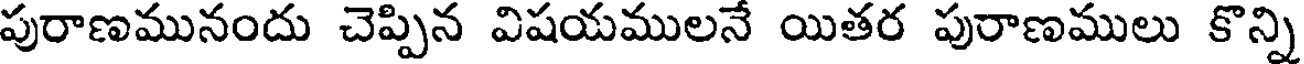
పురాణమునందు చెప్పిన విషయములనే యితర పురాణములు కొన్ని